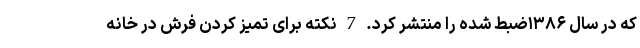
که در سال ۱۳۸۶ضبط شده را منتشر کرد. 7 نکته برای تمیز کردن فرش در خانه